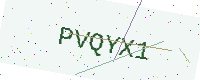
Text: PVQYX1